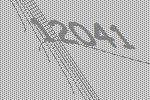
12041